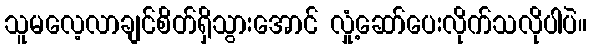
သူမလေ့လာချင်စိတ်ရှိသွားအောင် လှုံ့ဆော်ပေးလိုက်သလိုပါပဲ။